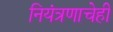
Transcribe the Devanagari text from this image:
नियंत्रणाचेही